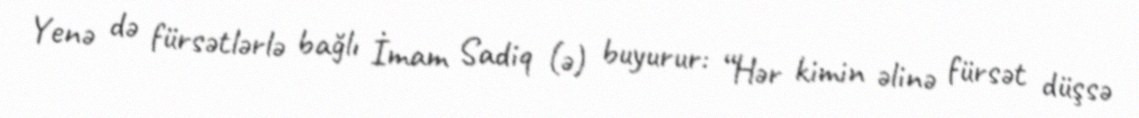
Yenə də fürsətlərlə bağlı İmam Sadiq (ə) buyurur: “Hər kimin əlinə fürsət düşsə